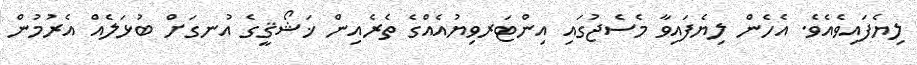
ލިޔެފައިވެއެވެ. އެހެން ލިޔެފައިވާ މެސެޖުގައި އިންޓަރވިޔުއެއްގެ ތެރެއިން ޚަޝޯޤީގެ އުނގަށް ބުޅަލެއް އެރުމުން